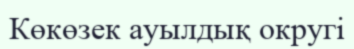
Көкөзек ауылдық округі